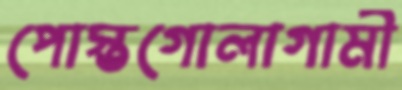
পোস্তগোলাগামী